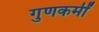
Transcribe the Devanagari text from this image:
गुणकर्मीं